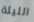
الليلة